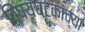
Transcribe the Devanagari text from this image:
विषयघटकांच्या